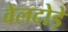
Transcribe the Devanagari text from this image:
वेलदोड़े